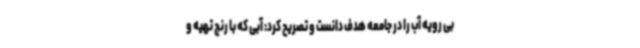
بی رویه آب را در جامعه هدف دانست و تصریح کرد: آبی که با رنج تهیه و